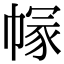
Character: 𢄐